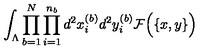
\int _ { \Lambda } \prod _ { b = 1 } ^ { N } \prod _ { i = 1 } ^ { n _ { b } } d ^ { 2 } x _ { i } ^ { ( b ) } d ^ { 2 } y _ { i } ^ { ( b ) } { \cal F } \Big ( \{ x , y \} \Big )